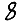
Digit: 8